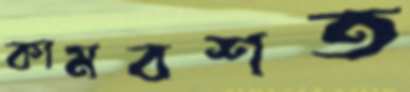
কামবশত